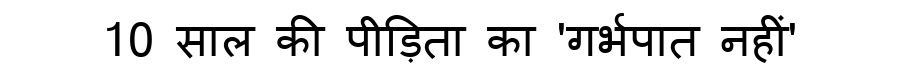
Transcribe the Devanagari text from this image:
10 साल की पीड़िता का 'गर्भपात नहीं'